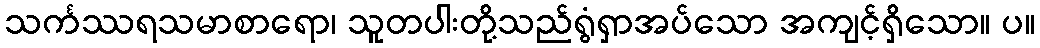
သင်္ကဿရသမာစာရော၊ သူတပါးတို့သည်ရွံရှာအပ်သော အကျင့်ရှိသော။ ပ။